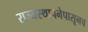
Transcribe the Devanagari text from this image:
राज्यस्थापनेपासूनच